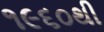
૧૯૬૦થી